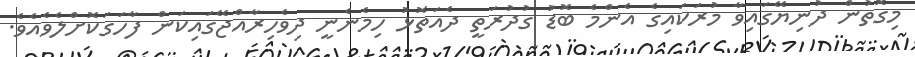
މިގޮތުން ދުނިޔޭގައިވާ މުރަކައިގެ އެންމެ ބޮޑު ގުދުރަތީ ދެއަތޮޅު ހިމެނެނީ ދިވެހިރާއްޖޭގައިކަން ފާހަގަކޮށްލެވެއެވެ.